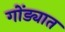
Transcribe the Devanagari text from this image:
गोंड्यात